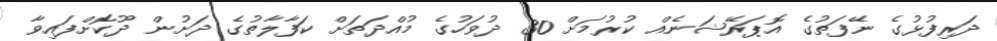
ދަރިފުޅުގެ ނޭފަތުގެ އޮޕަރޭޝަނެއް ކުރުމަށް 30 ދުވަހުގެ މުއްދަތަށް ކަފާލާތުގެ ދަށުން ދޫކޮށްފައިވާ